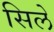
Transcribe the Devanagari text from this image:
सिलें